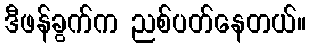
ဒီဖန်ခွက်က ညစ်ပတ်နေတယ်။